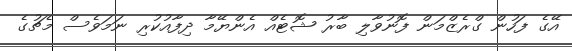
އޭގެ ފަހުން ގްރެޒްމަން ފޮނުވާލި ބާރު ޝޮޓެއް އެންޔޭމާ ދިފާއުކުރި ނަމަވެސް މެޗުގެ